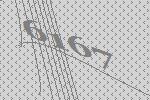
6167